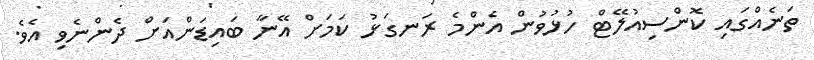
ތަނެއްގައި ކޮންސިއުލޭޓް ހުޅުވުން އެންމެ ރަނގަޅު ކަމަށް އޭނާ ބައިޑަންއަށް ދެންނެވި އެވެ.